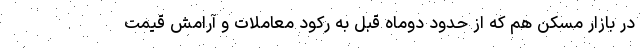
در بازار مسکن هم که از حدود دوماه قبل به رکود معاملات و آرامش قیمت